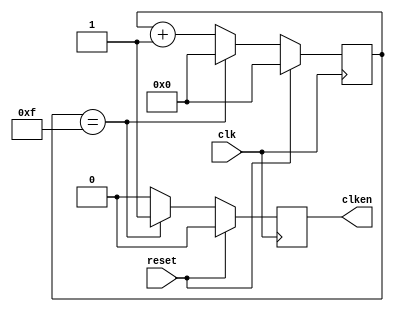
`timescale 1ns / 1ps
////////////////////////////////////////////////////////////////////////////////
// Company: 
// Engineer: 
//
// Description:
//
// Revision: N/A
// Additional Comments:
//
////////////////////////////////////////////////////////////////////////////////


module clk_division #(
  parameter [19:0] DECIMATION = 20'd16) (
  reset,
  clk,
  clken
);

input           clk;
input           reset;
output          clken;

reg             _clken;
(*keep="true"*) reg [19:0] cycle = 0;

assign clken = _clken;

always @ (posedge clk) begin
  if (reset) begin
    cycle <= 20'b0;
  end else if (cycle == DECIMATION - 20'b1) begin
    cycle <= 20'b0;
  end else begin
    cycle <= cycle + 20'b1;
  end
end

always @ (posedge clk) begin
  if (reset) begin
    _clken <= 1'b0;
  end else if (cycle == DECIMATION - 20'b1) begin
    _clken <= 1'b1;
  end else begin
    _clken <= 1'b0;
  end
end

endmodule